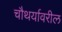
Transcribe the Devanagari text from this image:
चौथर्यावरील